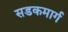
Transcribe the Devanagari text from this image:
सडकमार्ग